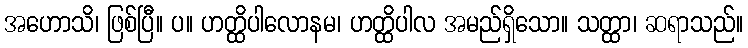
အဟောသိ၊ ဖြစ်ပြီ။ ပ။ ဟတ္ထိပါလောနမ၊ ဟတ္ထိပါလ အမည်ရှိသော။ သတ္ထာ၊ ဆရာသည်။